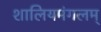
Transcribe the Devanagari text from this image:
शालियमंगलम्‌